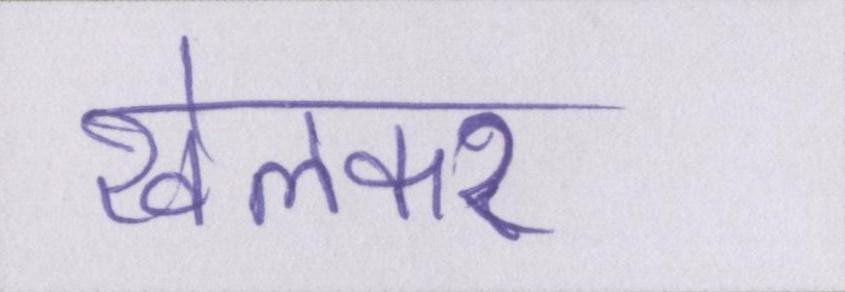
खेलकर